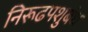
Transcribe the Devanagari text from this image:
निरूढपशुबंध